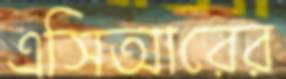
এসিআরের